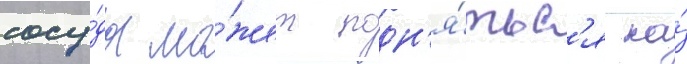
сосу́да мо́жет подн'я́тьс'я на́